Annual statistical returns and brief notes on vaccination in Bengal - 1887-1898
Year: 1887
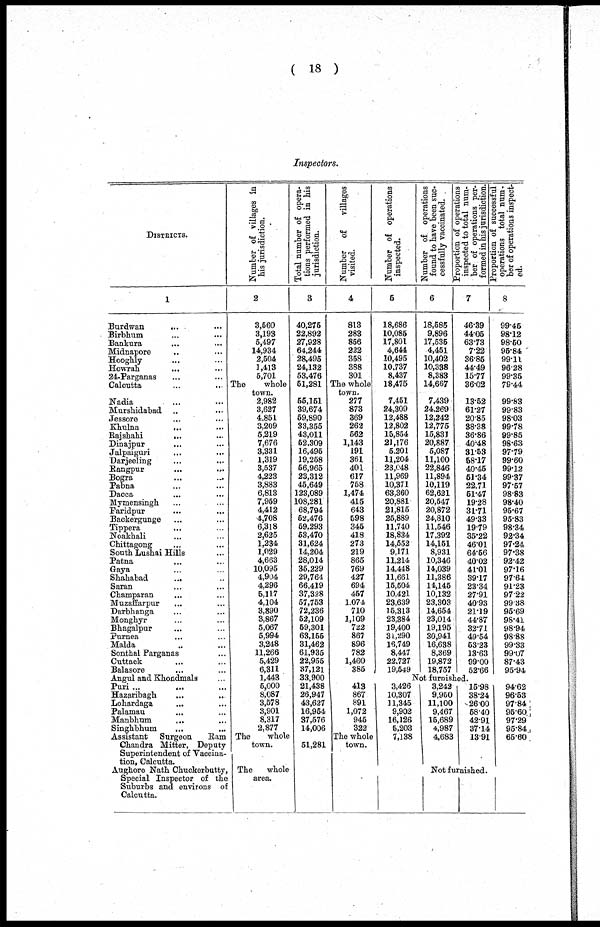
( 18 )
Inspectors.
DISTRICTS.
1
Burdwan
... ...
Birbhum ... ...
Bankura ... ...
Midnapore ... ...
Hooghly ... ...
Howrah
... ...
24-Parganas ... ...
Calcutta ... ...
Nadia ... ...
Murshidabad ... ...
Jessore ... ...
Khulna
... ...
Rajshahi
... ...
Dinajpur ... ...
Jalpaiguri ... ...
Darjeeling ... ...
Rangpur
...
...
Bogra ... ...
Pabna ... ...
Dacca ... ...
Mymensingh ... ...
Faridpur ... ...
Backergunge ... ...
Tippera
... ...
Noakhali ... ...
Chittagong ... ...
South Lushai Hills ...
Patna ... ...
Gaya ... ...
Shahabad
... ...
Saran ... ...
Champaran ... ...
Muzaffarpur ... ...
Darbhanga ... ...
Monghyr ... ...
Bhagalpur ... ...
Purnea ... ...
Malda ... ...
Sonthal Parganas ...
Cuttack ... ...
Balasore ... ...
Angul and Khondmals
Puri ... ... ...
Hazaribagh ... ...
Lohardaga ... ...
Palamau ... ...
Manbhum ... ...
Singhbhum ... ...
Assistant Surgeon
Ram
Chandra Mitter, Deputy
Superintendent of Vaccina-
tion, Calcutta.
Aughore Nath Chuckerbutty,
Special Inspector of the
Suburbs and environs of
Calcutta.
Number of villages in
his jurisdiction.
2
3,560
3,193
5,497
14,934
2,504
1,413
5,701
The
whole
town.
2,982
3,627
4,851
3,209
5,219
7,676
3,331
1,319
3,537
4,223
3,883
6,813
7,959
4,412
4,708
6,318
2,625
1,234
1,029
4,663
10,095
4,904
4,296
5,117
4,104
3,890
3,867
5,067
5,994
3,248
11,266
5,429
6,311
1,443
5,000
8,087
3,578
3,901
8,317
2,877
The
whole
town.
The
whole
area.
Total number of opera¬
tions performed in his
jurisdiction.
3
40,275
22,892
27,928
64,244
28,495
24,132
53,476
51,281
55,151
39,674
59,890
33,355
43,011
52,309
16,495
19,258
56,965
23,312
45,649
123,089
108,281
68,794
52,476
59,293
53,470
31,624
14,204
28,014
35,229
29,764
66,419
37,328
57,753
72,236
52,109
59,301
63,155
31,462
61,935
22,955
37,121
33,900
21,438
26,947
43,627
16,954
37,576
14,006
51,281
Number of
villages
visited.
4
813
283
856
222
358
388
301
The whole
town.
277
873
369
262
562
1,143
191
361
401
617
758
1,474
415
643
598
345
418
273
219
865
769
427
694
457
1,074
710
1,109
722
867
896
782
1,460
385
Number of operations
inspected.
5
18,686
10,085
17,801
4,644
10,495
10,737
8,437
18,475
7,451
24,309
12,488
12,802
15,854
21,176
5,201
11,204
23,048
11,969
10,371
63,360
20,881
21,815
25,889
11,740
18,834
14,552
9,171
11,214
14,448
11,661
15,504
10,421
23,639
15,313
23,384
19,400
31,290
16,749
8,447
22,727
19,549
Number of operations
found to have been suc¬
cessfully vaccinated.
6
18,585
9,896
17,535
4,451
10,402
10,338
8,383
14,667
7,439
24,269
12,242
12,775
15,831
20,887
5,087
11,160
22,846
11,894
10,119
62,621
20,547
20,872
24,810
11,546
17,392
14,151
8,931
10,346
14,039
11,386
14,145
10,132
23,303
14,654
23,014
19,195
30,941
16,638
8,369
19,872
18,757
Proportion of operations
inspected to total num-
ber of operations per-
formed in his jurisdiction.
7
46.39
44.05
63.73
7.22
36.85
44.49
15.77
36.02
13.52
61.27
20.85
38.38
36.86
40.48
31.53
58.17
40.46
51.34
22.71
51.47
19.28
31.71
49.33
19.79
35.22
46.01
64.56
40.02
41.01
39.17
23.34
27.91
40.93
21.19
44.87
32.71
49.54
53.23
13.63
99.00
52.66
Proportion of successful
operations total num-
ber of operations inspect-
ed.
8
99.45
98.12
98.50
95.84
99.11
96.28
99.35
79.44
99.83
99.83
98.03
99.78
99.85
98.63
97.79
99.60
99.12
99.37
97.57
98.83
98.40
95.67
95.83
98.34
92.34
97.24
97.38
92.42
97.16
97.64
91.23
97.22
99.38
95.69
98.41
98.94
98.88
99.33
99.07
87.43
95.94
Not furnished.
413
867
891
1,072
945
322
The whole
town.
3,426
10,307
11,345
9,902
16,126
5,203
7,138
3,242
9,950
11,100
9,467
15,689
4,987
4,683
15.98
38.24
26.00
58.40
42.91
37.14
13.91
Not furnished.
94.62
96.53
97.84
95.60
97.29
95.84
65.60